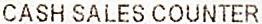
CASH SALES COUNTER